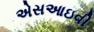
એસઆઇવી